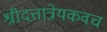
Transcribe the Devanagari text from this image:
श्रीदत्तात्रेयकवच